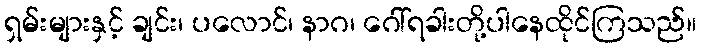
ရှမ်းများနှင့် ချင်း၊ ပလောင်၊ နာဂ၊ ဂေါ်ရခါးတို့ပါနေထိုင်ကြသည်။